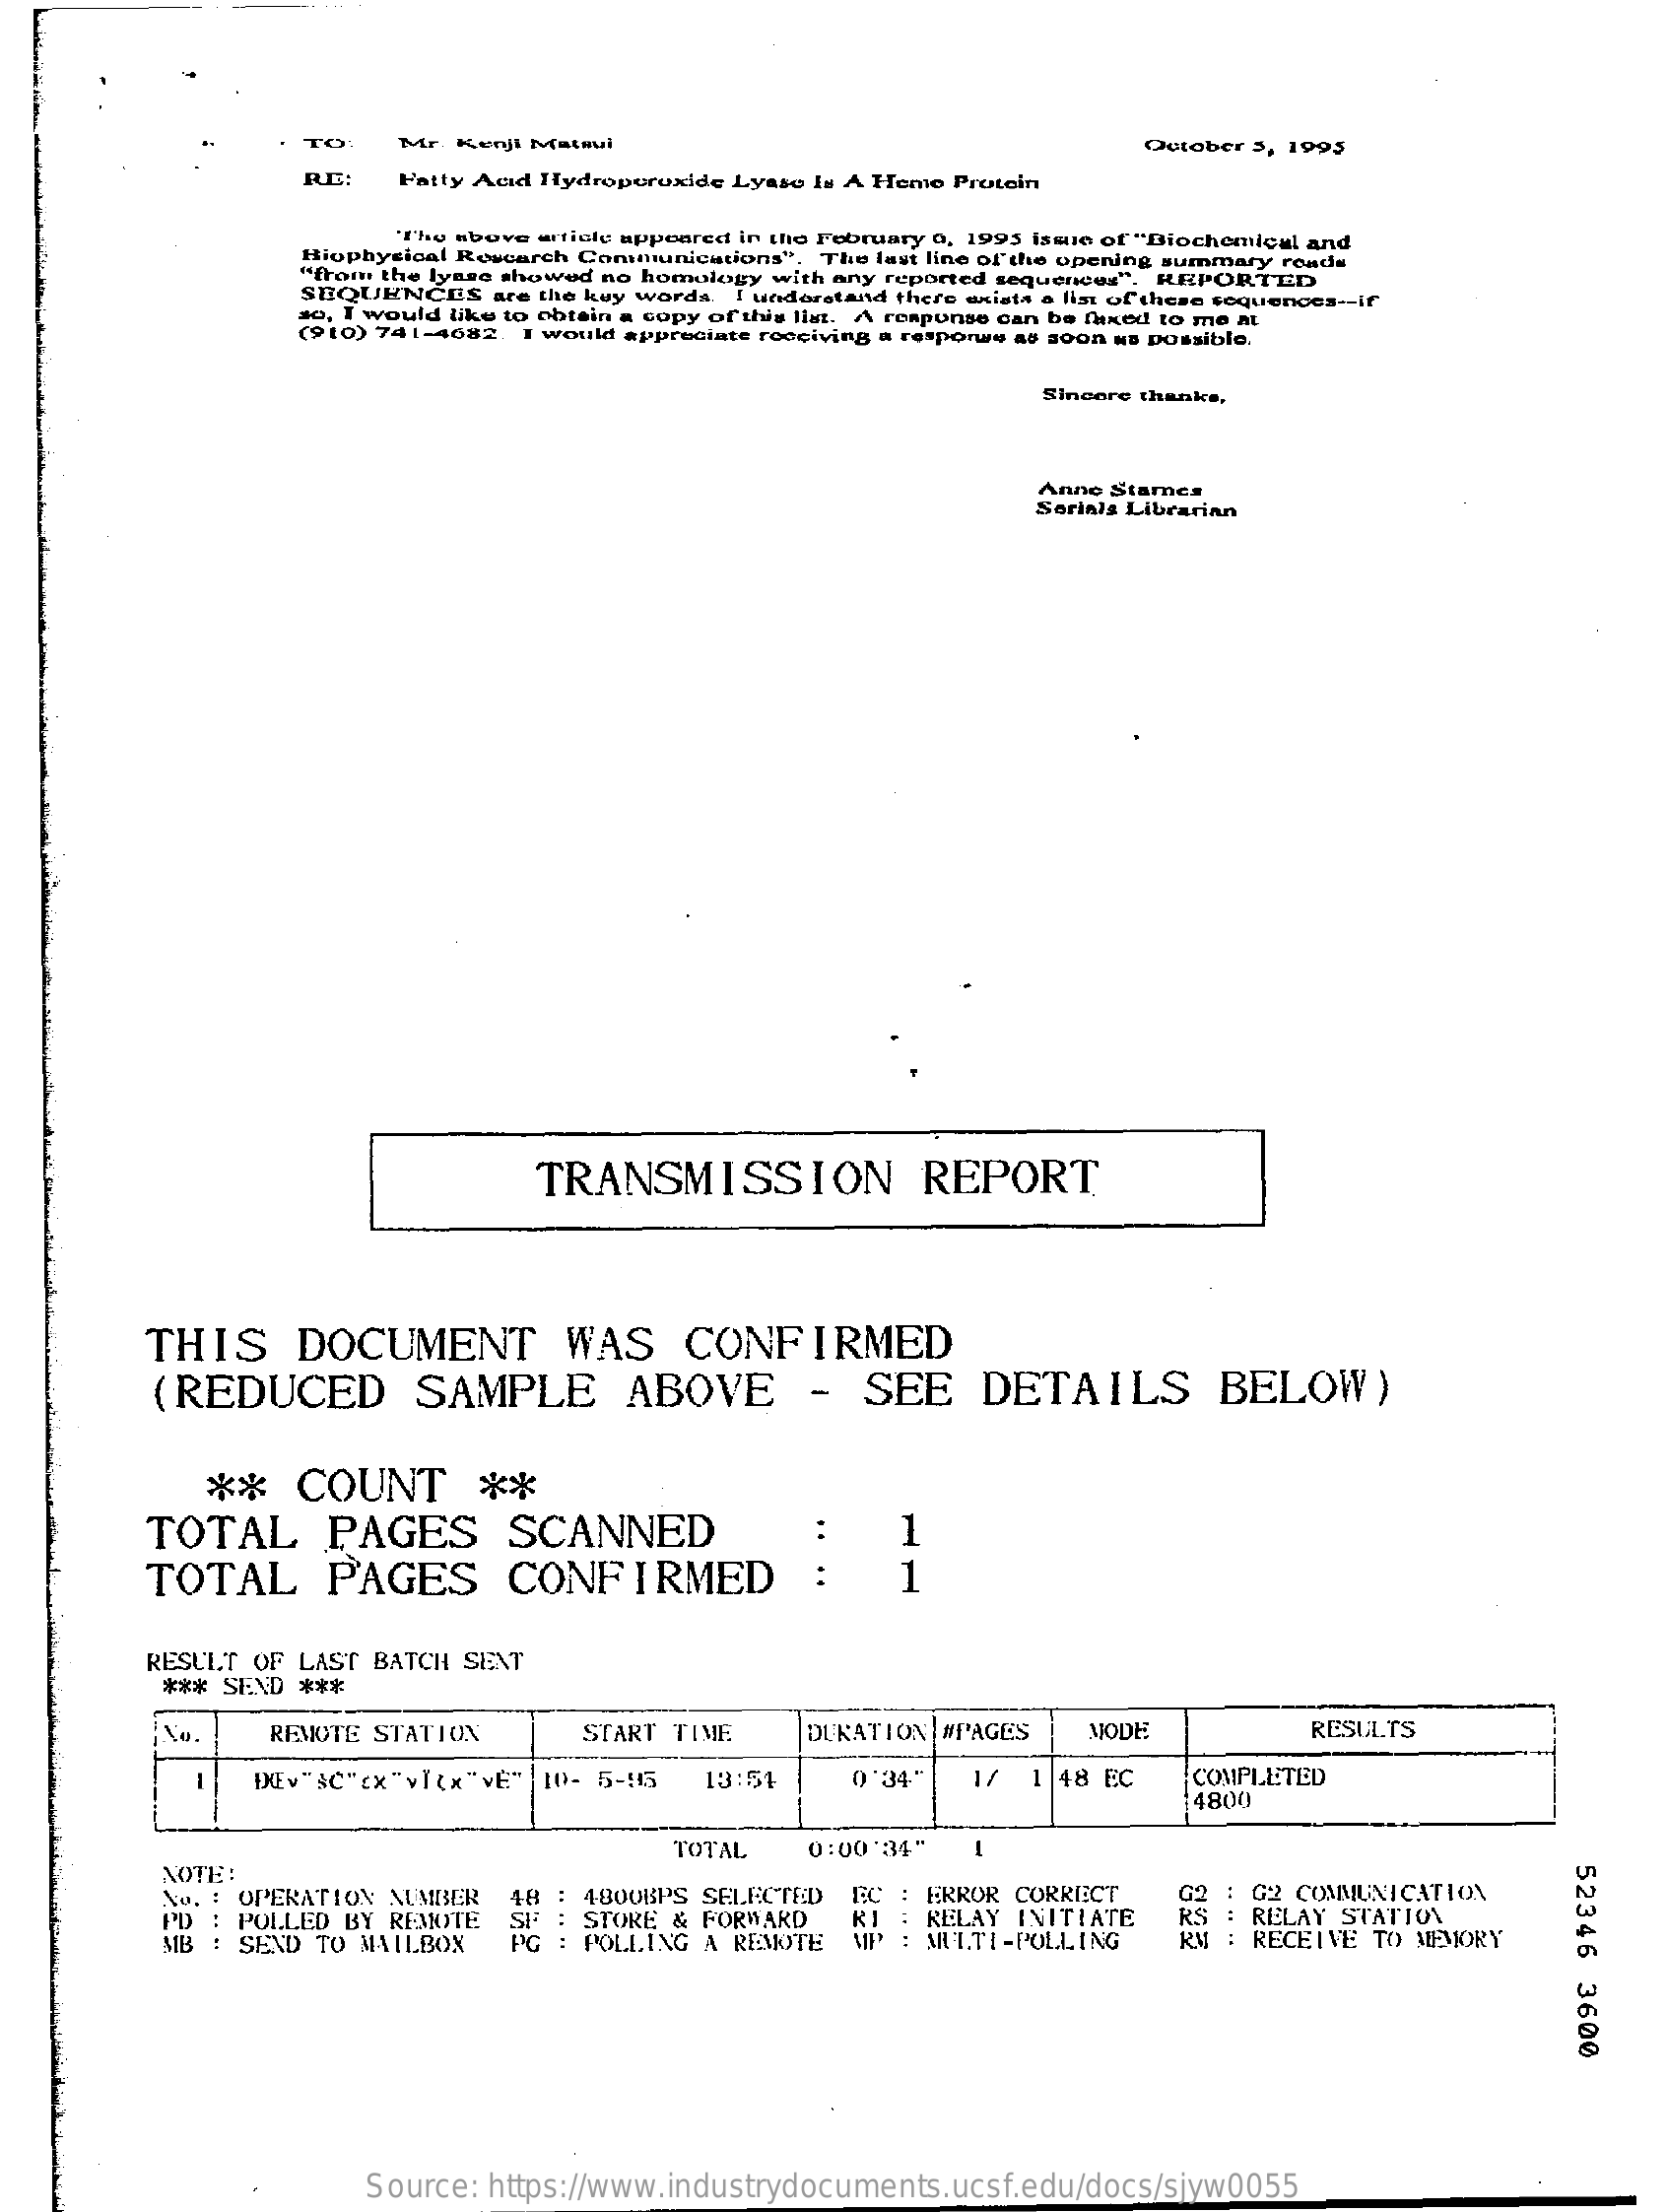
TO:    Mr. Kenji  Matmai    October  5, 1995
     RE:    Fatty Acid Hydroperoxide   Lyaso  Is A Hemo  Protein
     The above  article appeared in the February 0, 1995 issue of "Biochemical and
     Biophysical Research  Communications".    The last line of the opening summary roads
     "from the lyase showed  no  homology  with any  reported sequences".  REPORTED
     SEQUENCES    are the key words.  I understand  there exists a list of these sequences -- if
     so, I would like to obtain a copy of this list. A response can be fixed to me at
     (910) 741-4682.   I would appreciate rocciving a resporwe as soon as possible, (910) 741-4682.
     Sincere thanks,
     Anne Stames
     Serials Librarian
     TRANSMISSION    REPORT
     THIS    DOCUMENT    WAS    CONFIRMED
     (REDUCED    SAMPLE    ABOVE    -    SEE    DETAILS    BELOW)
     **    COUNT    **
     TOTAL    PAGES    SCANNED    1
     TOTAL    PAGES    CONFIRMED    1
     RESULT   OF LAST   BATCH  SENT
     *** SEND   ***
     REMOTE  STATION    START  TIME    DURATION   #PAGES    MODE    RESULTS
     DEv"&C"(x"v"(x"VE"    |10-  5-15    13:54    0'34'    1/   1 48  EC    COMPLETED
     4800
     TOTAL    0:00'34"    -
     NOTE:
     52346
     3600
     ..
     ..
     .
     PD
     No. : OPERATION   NUMBER
     POLLED  BY  REMOTE
     48  : 4800BPS   SELECTED    EC  : ERROR  CORRECT
     STORE  &  FORWARD
     EC
     MB    POLLING   A REMOTE
     RI
     : G2 COMMUNICATION
     RELAY  INITIATE    : RELAY  STATION
     SEND  TO  MAILBOX    MP  : MULTI-POLLING    RM  : RECEIVE   TO MEMORY
     Source:   https://www.industrydocuments.ucsf.edu/docs/sjyw0055